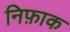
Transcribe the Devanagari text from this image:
निफ़ाक